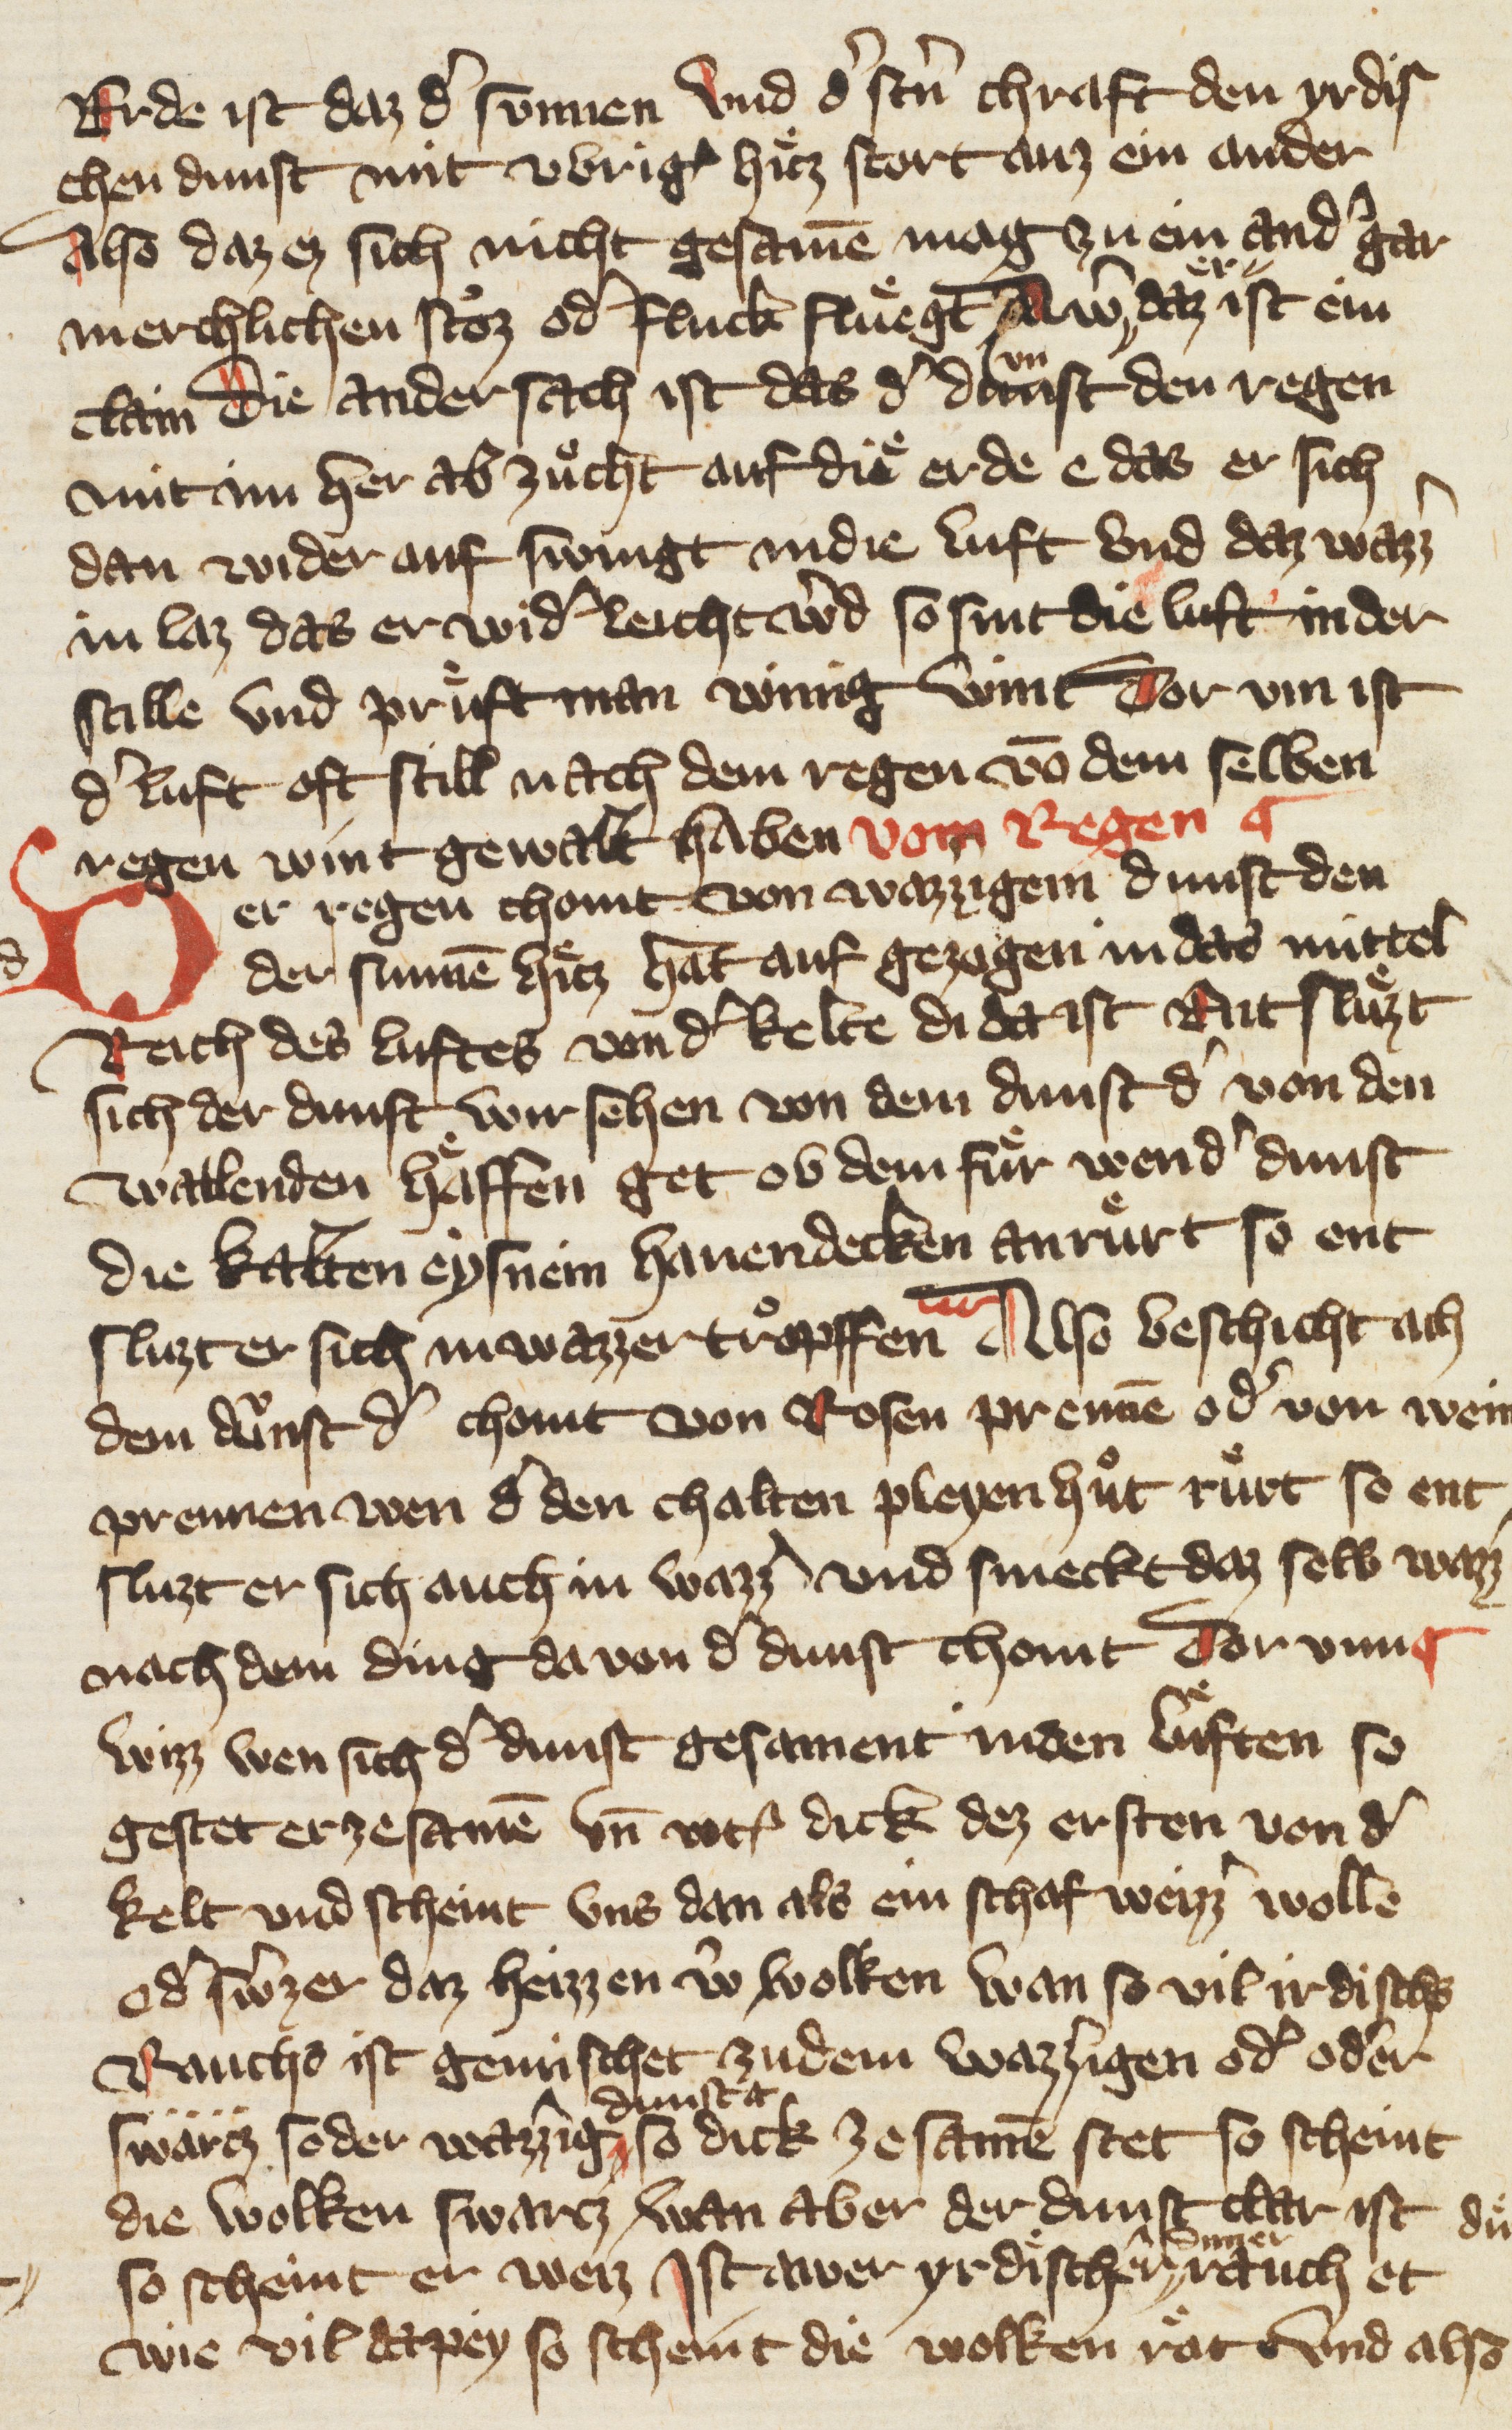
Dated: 1378–1378